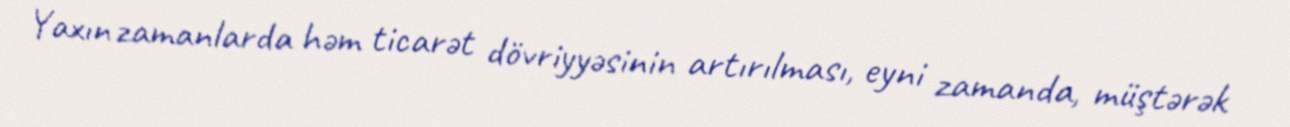
Yaxın zamanlarda həm ticarət dövriyyəsinin artırılması, eyni zamanda, müştərək